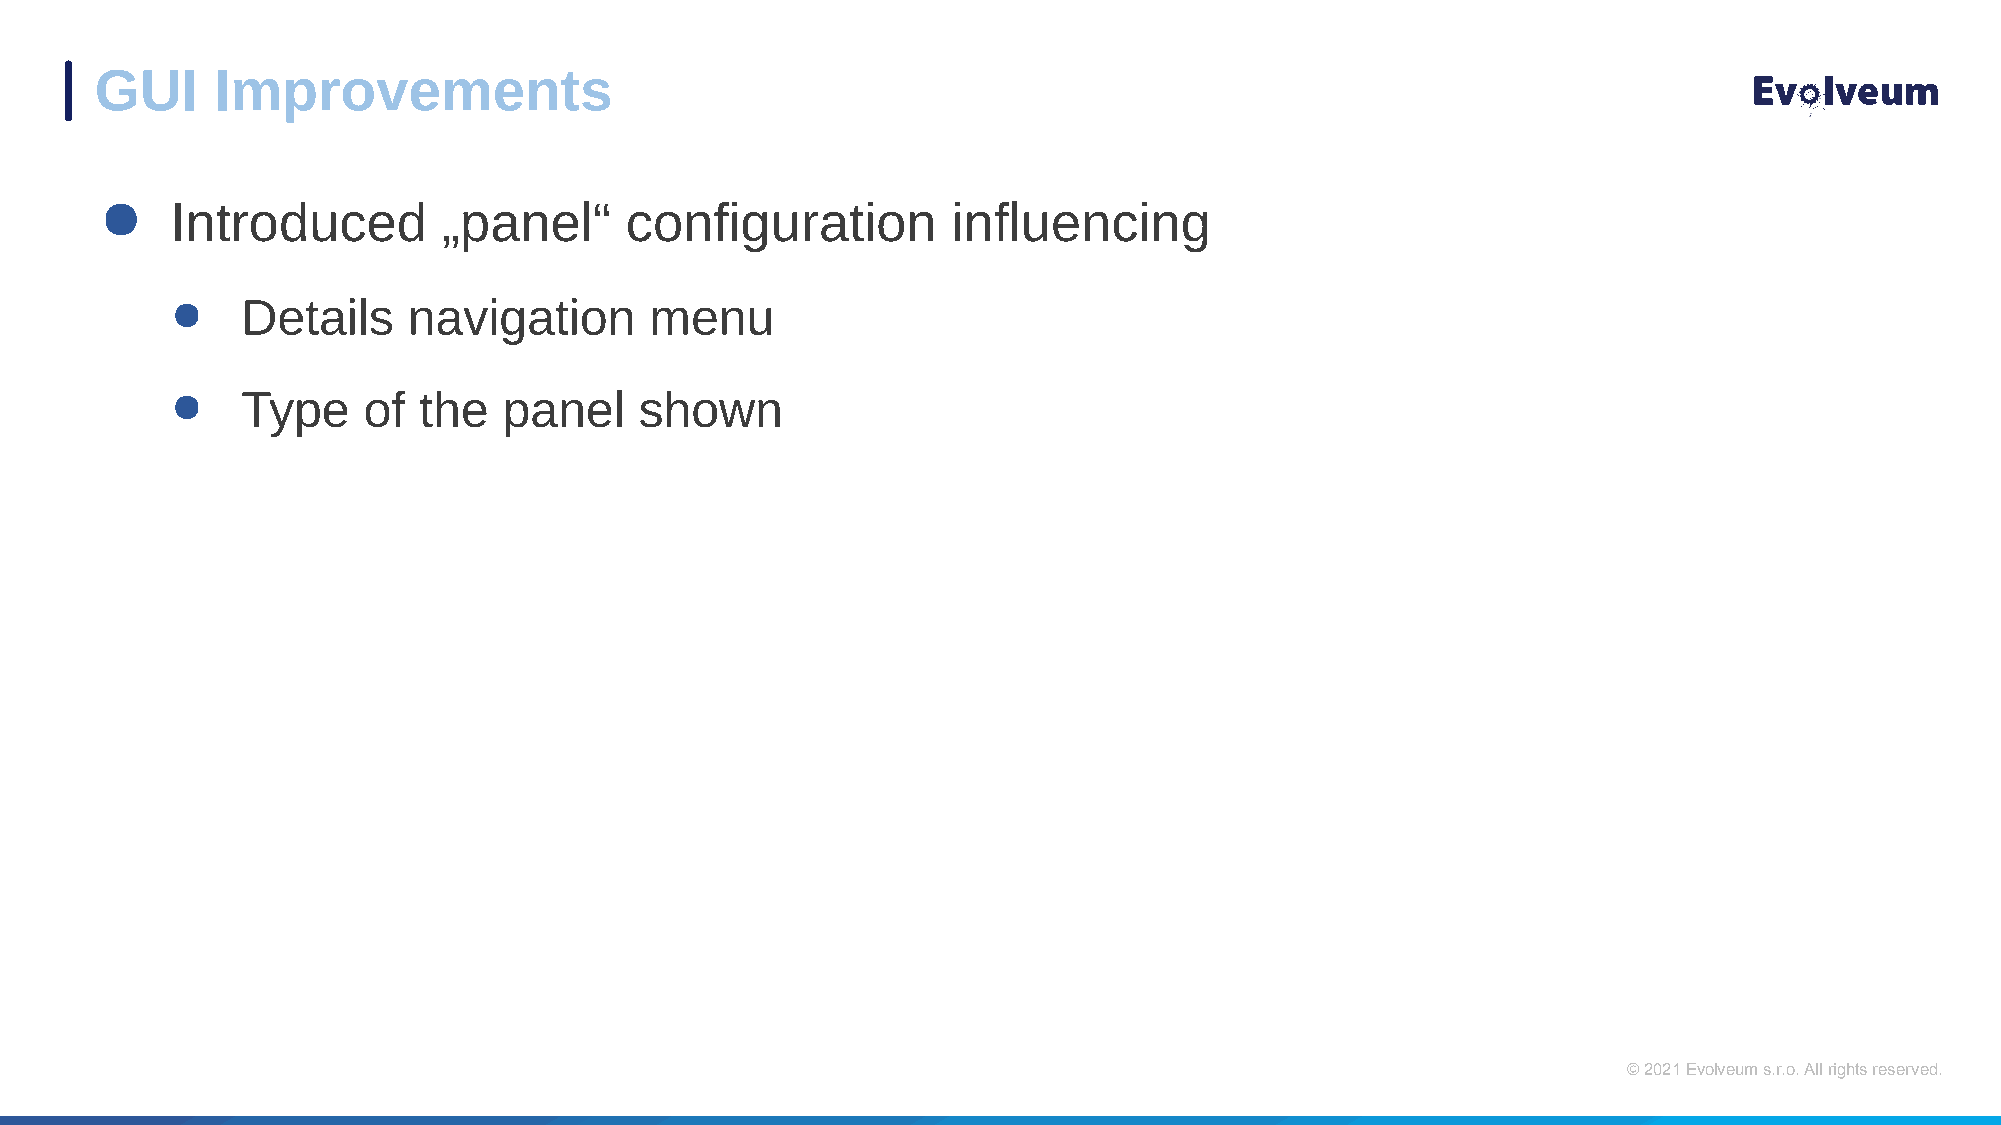
GUI     Improvements
 ●   Introduced        „panel“     configuration         influencing
 ●    Details    navigation      menu
 ●    Type    of  the  panel    shown
 © 2021 Evolveum s.r.o. All rights reserved.